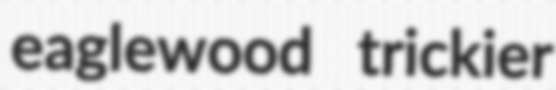
eaglewood trickier